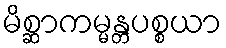
မိစ္ဆာကမ္မန္တပစ္စယာ